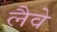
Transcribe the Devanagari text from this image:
लैवे